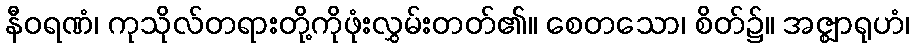
နီဝရဏံ၊ ကုသိုလ်တရားတို့ကိုဖုံးလွှမ်းတတ်၏။ စေတသော၊ စိတ်၌။ အဇ္ဈာရုဟံ၊